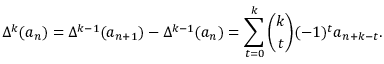
\Delta ^ { k } ( a _ { n } ) = \Delta ^ { k - 1 } ( a _ { n + 1 } ) - \Delta ^ { k - 1 } ( a _ { n } ) = \sum _ { t = 0 } ^ { k } { \binom { k } { t } } ( - 1 ) ^ { t } a _ { n + k - t } .